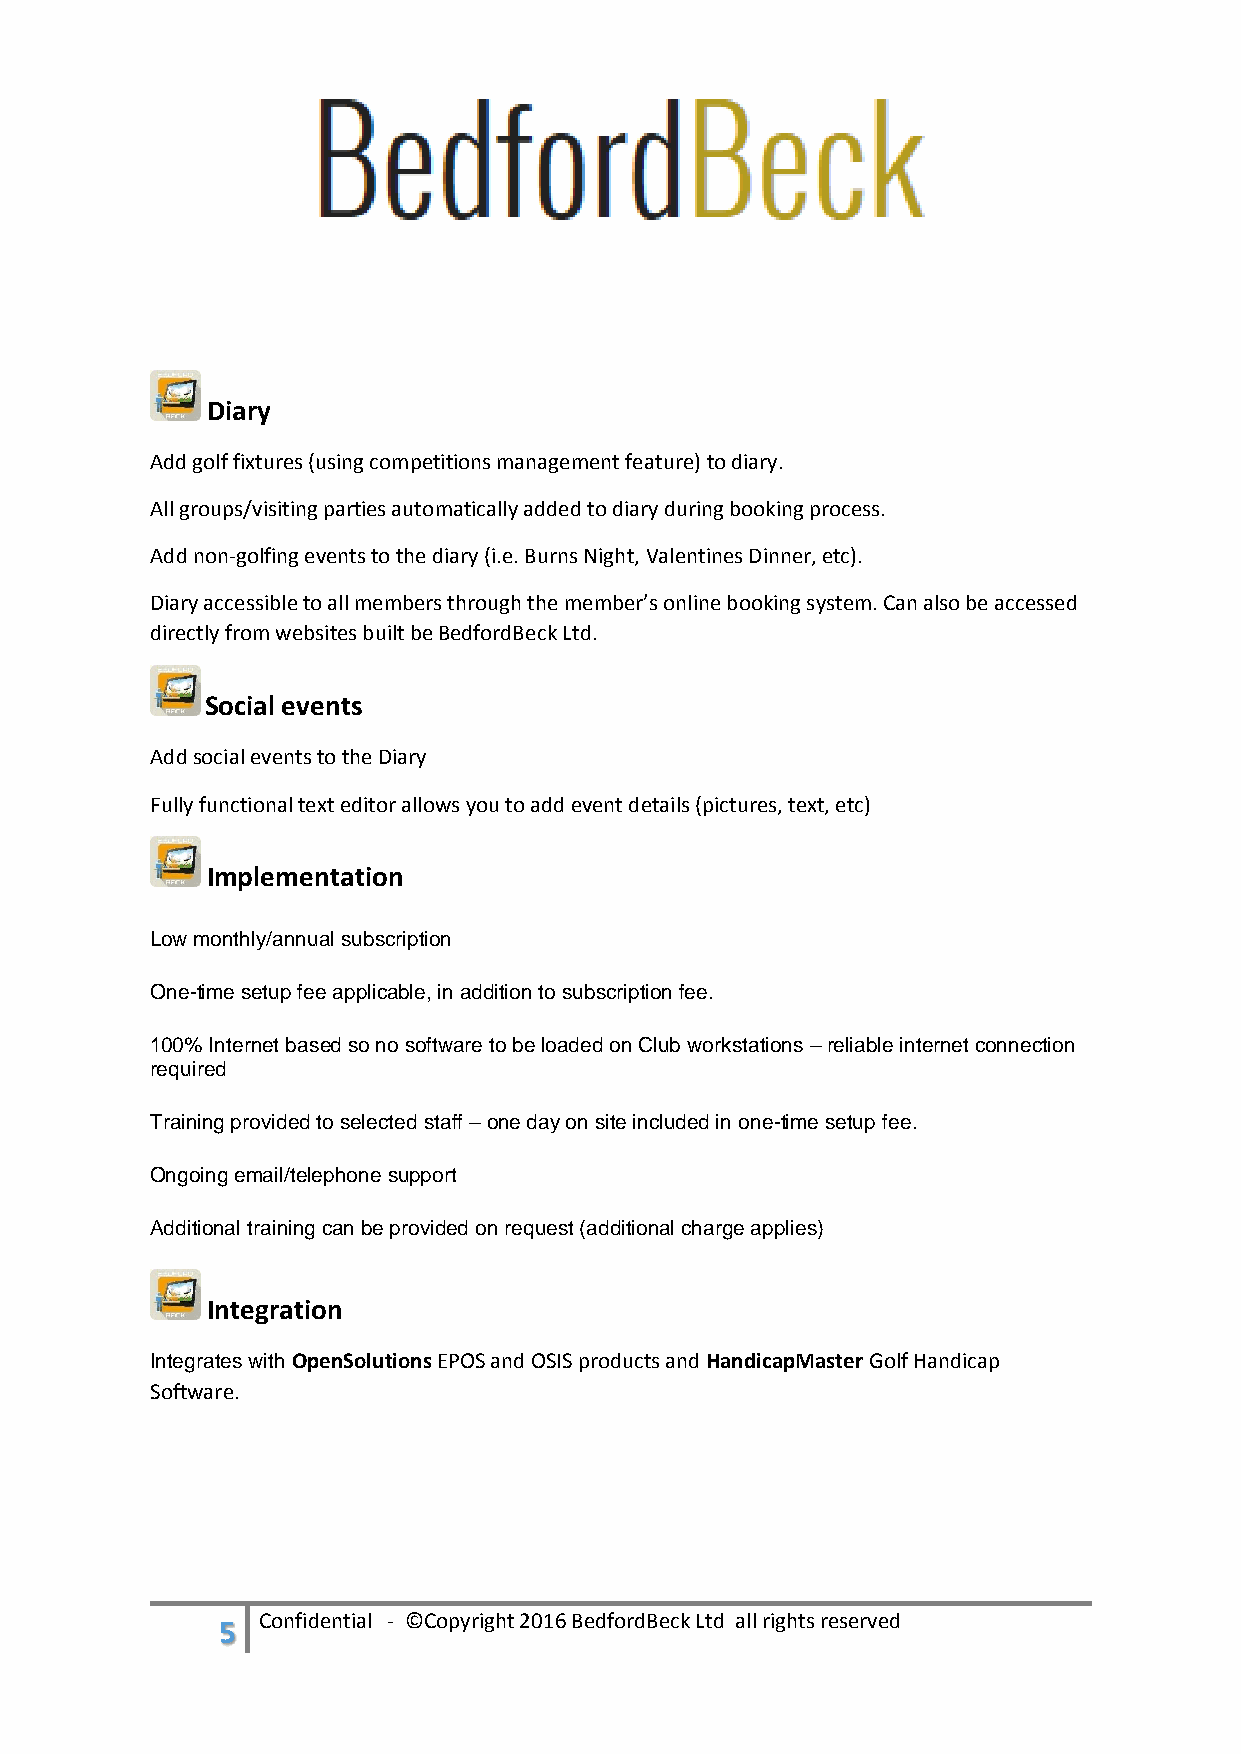
Diary
 Add golf fixtures (using competitions management feature) to diary.
 All groups/visiting parties automatically added to diary during booking process.
 Add non-golfing events to the diary (i.e. Burns Night, Valentines Dinner, etc).
 Diary accessible to all members through the member’s online booking system. Can also be accessed
 directly from websites built be BedfordBeck Ltd.
 Social events
 Add social events to the Diary
 Fully functional text editor allows you to add event details (pictures, text, etc)
 Implementation
 Low monthly/annual subscription
 One-time setup fee applicable, in addition to subscription fee.
 100% Internet based so no software to be loaded on Club workstations – reliable internet connection
 required
 Training provided to selected staff – one day on site included in one-time setup fee.
 Ongoing email/telephone support
 Additional training can be provided on request (additional charge applies)
 Integration
 Integrates with OpenSolutions EPOS and OSIS products and HandicapMaster Golf Handicap
 Software.
 5 Confidential - ©Copyright 2016 BedfordBeck Ltd all rights reserved